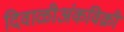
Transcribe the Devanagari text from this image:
दिवाळीअंकविक्री